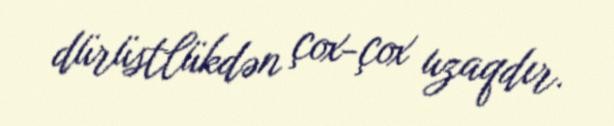
dürüstlükdən çox-çox uzaqdır.